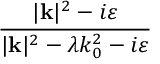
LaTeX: \frac { | \mathbf { k } | ^ { 2 } - i \varepsilon } { | \mathbf { k } | ^ { 2 } - \lambda k _ { 0 } ^ { 2 } - i \varepsilon }